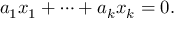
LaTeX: a _ { 1 } x _ { 1 } + \cdots + a _ { k } x _ { k } = 0 .